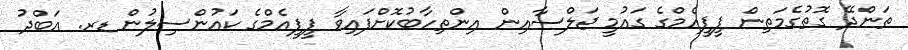
ތަންދޭ ގޮތުގެމަތިން ޕީޕީއެމްގެ ގައުމީ ޖަލްސާއިން އިންތިހާބުކޮށްފައިވާ ޕީޕީއެމްގެ ކައުންސިލުން ޑރ. އަބްދު